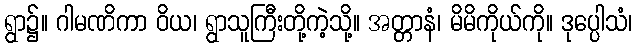
ရွာ၌။ ဂါမဏိကာ ဝိယ၊ ရွာသူကြီးတို့ကဲ့သို့။ အတ္တာနံ၊ မိမိကိုယ်ကို။ ဒုပ္ပေါသံ၊